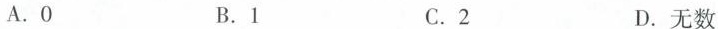
A.0 B.1 C.2 D.无数